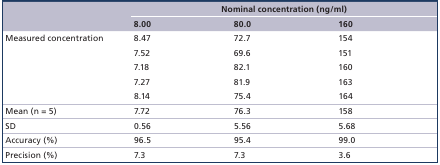
|  | <COLSPAN=3> Nominal concentration (ng/ml) |
 |  | 8.00 | 80.0 | 160 |
 | --- | --- | --- | --- |
 | Measured concentration | 8.47 | 72.7 | 154 |
 |  | 7.52 | 69.6 | 151 |
 |  | 7.18 | 82.1 | 160 |
 |  | 7.27 | 81.9 | 163 |
 |  | 8.14 | 75.4 | 164 |
 | Mean (n = 5) | 7.72 | 76.3 | 158 |
 | SD | 0.56 | 5.56 | 5.68 |
 | Accuracy (%) | 96.5 | 95.4 | 99.0 |
 | Precision (%) | 7.3 | 7.3 | 3.6 |